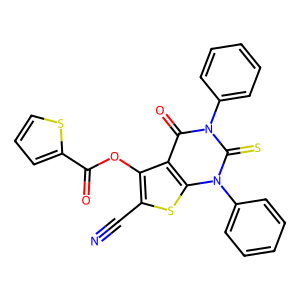
SMILES: N#Cc1sc2c(c1OC(=O)c1cccs1)c(=O)n(-c1ccccc1)c(=S)n2-c1ccccc1
Inhibits HIV replication: No